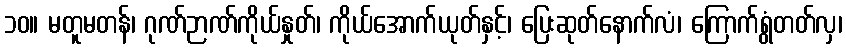
၁၀။ မတူမတန်၊ ဂုဏ်ဉာဏ်ကိုယ်နှုတ်၊ ကိုယ်အောက်ယုတ်နှင့်၊ ပြေးဆုတ်နောက်လံ၊ ကြောက်ရွံတတ်လှ၊